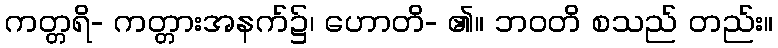
ကတ္တရိ- ကတ္တားအနက်၌၊ ဟောတိ- ၏။ ဘဝတိ စသည် တည်း။